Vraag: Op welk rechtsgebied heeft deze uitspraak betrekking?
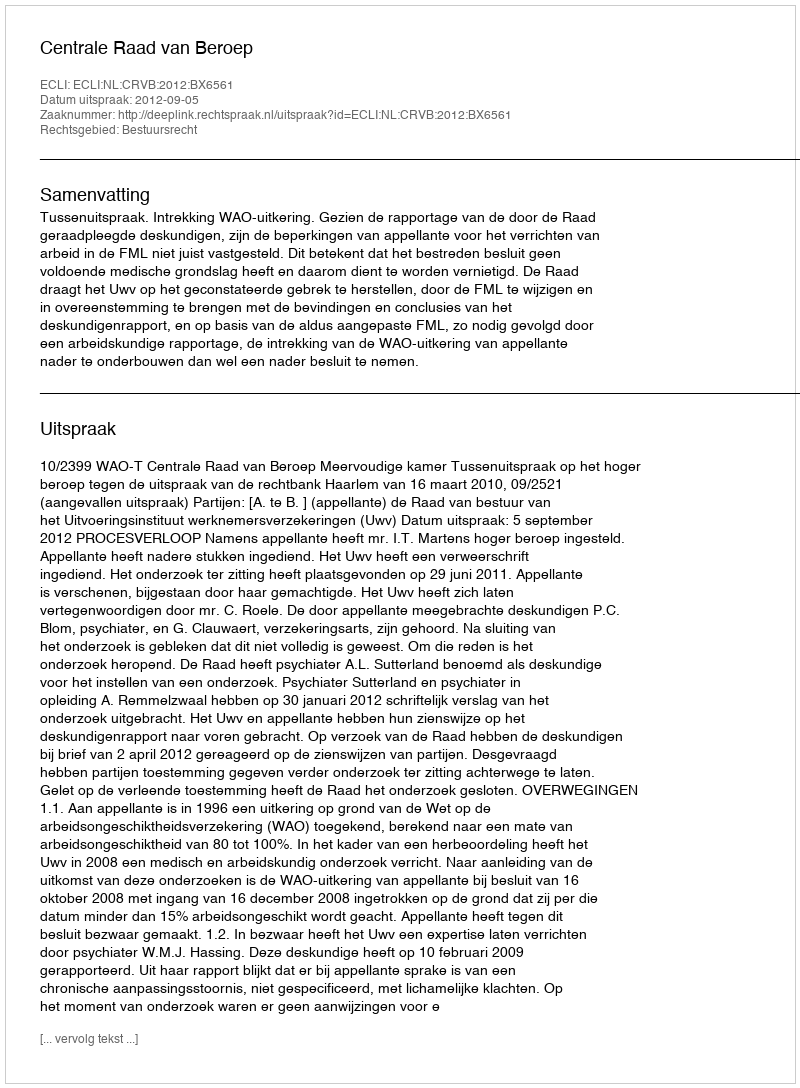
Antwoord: Bestuursrecht